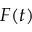
F ( t )